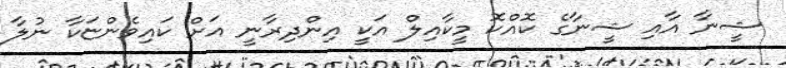
ޝީނާ އާއި ޝީނާގެ ކޮއްކޮ މީކާއިލް އަކީ އިންދިރާނީ އަށް ކައިވެންޏަކާ ނުލާ